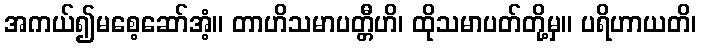
အကယ်၍မစေ့ဆော်အံ့။ တာဟိသမာပတ္တီဟိ၊ ထိုသမာပတ်တို့မှ။ ပရိဟာယတိ၊